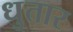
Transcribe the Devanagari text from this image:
धुतार